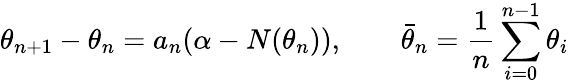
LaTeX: \theta_{n+1}-\theta_{n}=a_{n}(\alpha-N(\theta_{n})),\qquad{\bar{\theta}}_{n}={\frac{1}{n}}\sum_{i=0}^{n-1}\theta_{i}